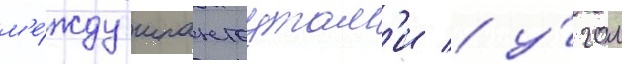
м'е́жду шпангоутам'и / у́гол